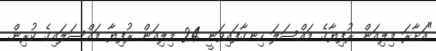
"އަށާރަ މިލިއަން ރުފިޔާގެ މައްސަލަ ހިނގާފައިވަނީ 24 މިލިއަން ރުފިޔާ މައްސަލައިގެ ކުރިން.